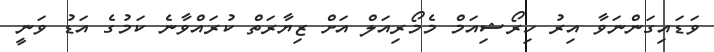
ވަޑައިގަންނަވާ އިރު ހިރޯޝިއަމް މެމޯރިއަލް އަށް ޒިޔާރަތް ކުރައްވާނެ ކަމުގެ އަޑު ވަނީ